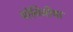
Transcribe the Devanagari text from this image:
योगिनीचा